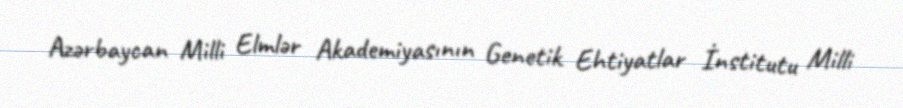
Azərbaycan Milli Elmlər Akademiyasının Genetik Ehtiyatlar İnstitutu Milli